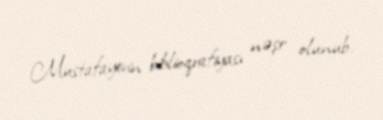
Mustafayevin biblioqrafiyası nəşr olunub.